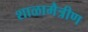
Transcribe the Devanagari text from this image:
शाळामैत्रीण